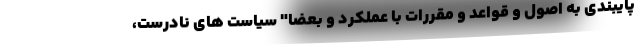
پایبندی به اصول و قواعد و مقررات با عملکرد و بعضا" سیاست های نادرست،